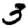
Digit: 3